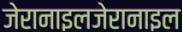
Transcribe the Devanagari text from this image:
जेरानाइलजेरानाइल